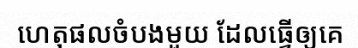
ហេតុផលចំបងមួយ ដែលធ្វើឲ្យគេ